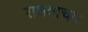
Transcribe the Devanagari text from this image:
राघवाचार